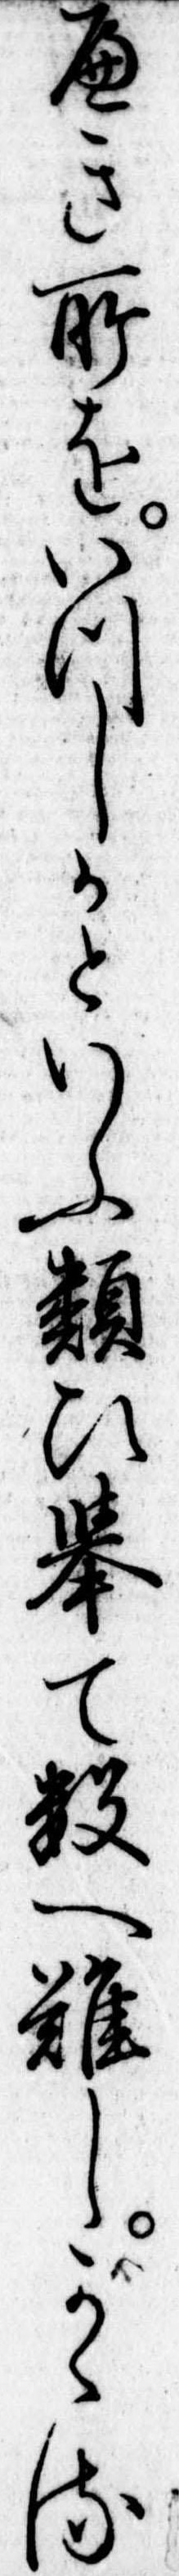
へき所をいつしかといふ類ひ挙て数へ難しかゝる